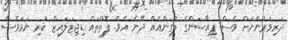
ދަރިވަރުންނަށް ވެސް ޕިއާސަންގެ ލޮގިންއެއް ދޭނެ އެވެ. ފޮތްތައް ޑިޖިޓަލައިޒް ކުރި ނަމަވެސް